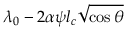
\lambda _ { 0 } - 2 \alpha \psi l _ { c } \sqrt { \cos \theta }